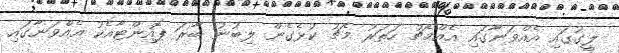
ލީގުގައި އެއްވަނާގައި އެއްމެޗު ހަތަރު މެޗު ކުޅެގެން ލިބުނު ބާރަ ޕޮއިންޓާއެކު އެއްވަނާގައި